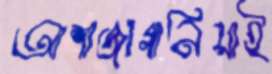
আশাজাগানিয়াই